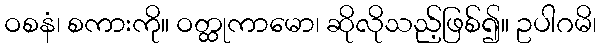
ဝစနံ၊ စကားကို။ ဝတ္ထုကာမော၊ ဆိုလိုသည့်ဖြစ်၍။ ဥပါဂမိ၊